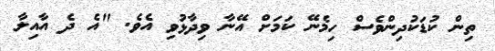
ތިން ކުޑަކުދިންވެސް ހިމެނޭ ކަމަށް އޭނާ ވިދާޅުވި އެވެ. "އެ ދެ އާއިލާ